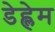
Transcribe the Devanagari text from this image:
डेह्लेम